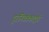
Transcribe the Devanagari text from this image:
दूरनियंत्रकाद्वारे